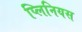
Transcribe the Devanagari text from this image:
प्लिनियस